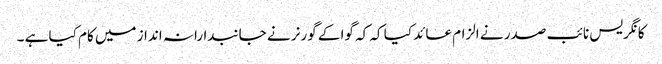
کانگریس نائب صدر نے الزام عائد کیا کہ کہ گوا کے گورنر نے جانبدارانہ انداز میں کام کیا ہے ۔